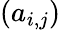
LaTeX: (a_{i,j})